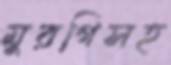
মুরগিসহ